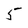
Character: 5